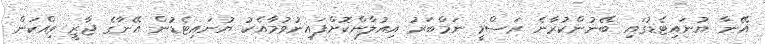
އޭނާ ޔުނައިޓެޑުގައި ބޭނުންކުރާނެ ރަސްމީ ނަމްބަރު އިއުލާންކޮށްފައިނުވުމާއެކު ޔުނައިޓެޑުން އޭނާގެ ޖާޒީ ވިއްކަން